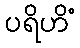
ပရိဟိံ